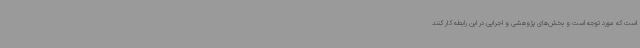
است که مورد توجه است و بخش‌های پژوهشی و اجرایی در این رابطه کار کنند